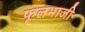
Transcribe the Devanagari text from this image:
फूलभाजी